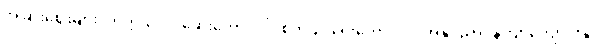
အခြားဈေးများ၊ တက္ကသိုလ်၊ ဆေးကောလိပ်၊ စိုက်ပျိုးရေးကောလိပ်၊ အနုပညာပန်တျာကျောင်းနှင့်